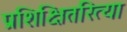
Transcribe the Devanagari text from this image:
प्रशिक्षितरित्या